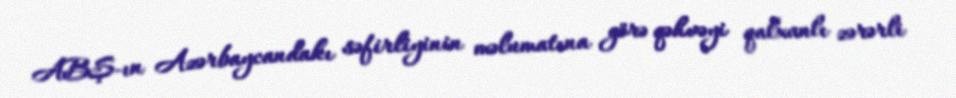
ABŞ-ın Azərbaycandakı səfirliyinin məlumatına görə qəhvəyi qalxanlı zərərli